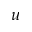
u